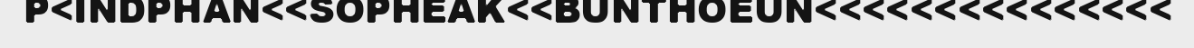
P<INDPHAN<<SOPHEAK<<BUNTHOEUN<<<<<<<<<<<<<<<